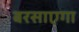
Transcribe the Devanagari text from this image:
बरसाएगा